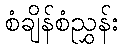
စံချိန်စံညွှန်း